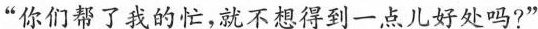
”你们帮了我的忙，就不想得到一点儿好处吗?”